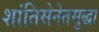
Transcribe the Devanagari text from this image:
शांतिसेनेतसुद्धा